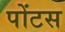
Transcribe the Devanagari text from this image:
पोंटस